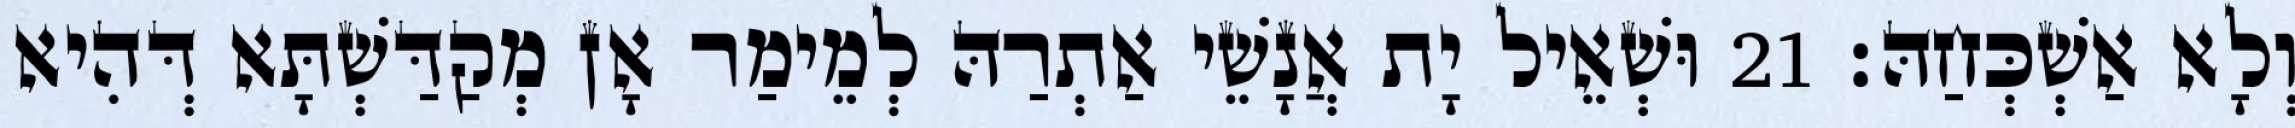
וְלָא אַשְׁכְּחַהּ׃ 21 וּשְׁאֵיל יָת אֲנָשֵׁי אַתְרַהּ לְמֵימַר אָן מְקַדַּשְׁתָּא דְּהִיא